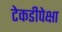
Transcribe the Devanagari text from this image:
टेकडीपेक्षा